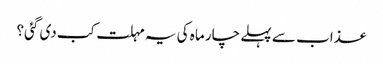
عذاب سے پہلے چار ماہ کی یہ مہلت کب دی گئی؟